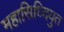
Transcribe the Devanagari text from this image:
महासिध्दियुत